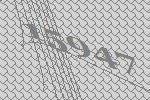
15947